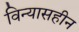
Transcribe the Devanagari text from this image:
विन्यासहीन